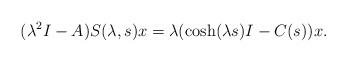
LaTeX: \begin{align*}(\lambda^{2}I - A)S(\lambda,s)x=\lambda (\cosh(\lambda s)I - C(s))x.\end{align*}